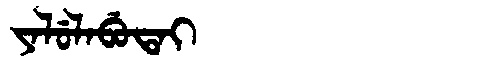
Manchu: ᠶᠠᠯᡠᠯᠠᠪᡠᡨᠠᡳ
Romanization: YALULABUTAI